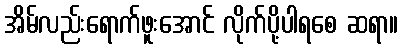
အိမ်လည်းရောက်ဖူးအောင် လိုက်ပို့ပါရစေ ဆရာ။